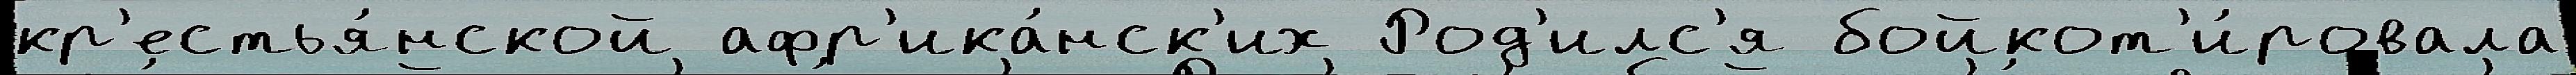
кр'естья́нской афр'ика́нск'их Род'илс'я бойкот'и́ровала